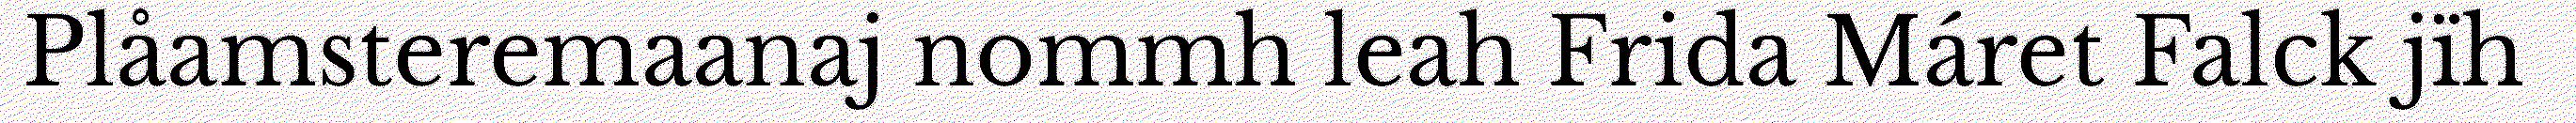
Plåamsteremaanaj nommh leah Frida Máret Falck jïh